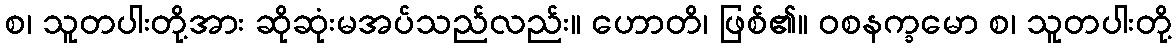
စ၊ သူတပါးတို့အား ဆိုဆုံးမအပ်သည်လည်း။ ဟောတိ၊ ဖြစ်၏။ ဝစနက္ခမော စ၊ သူတပါးတို့